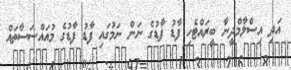
އަދި އިސްލާމްދީނާ ބީރައްޓެހި ފާޑު ފާޑުގެ ނަން ނަމުގައި ފާޑު ފާޑުގެ މުއައްސަސާތައް